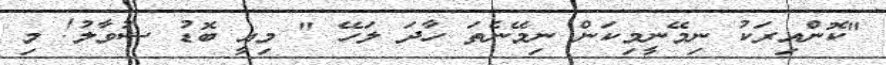
"ކޮންއިރަކު ނިމޭނީމިކަން ނިމޭނެތަ ހާދަ ލަހޭ " މިއީ ބޮޑު ސުވާލު! މި